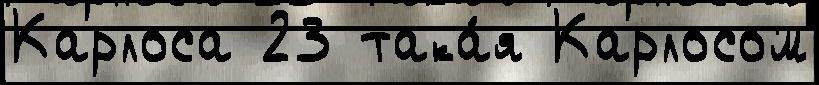
Карлоса 23 така́я Карлосом